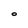
Character: O